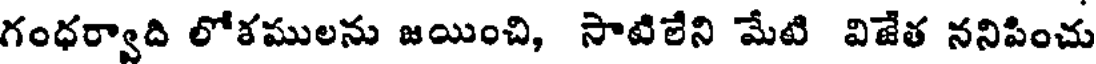
గంధర్వాది లోళములను జయించి, సాటిలేని మేటి విజేత ననిపించు